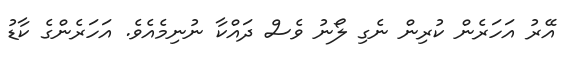
އޭރު އަހަރެން ކުރިން ނެގި ލޯނު ވެސް ދައްކާ ނުނިމެއެވެ. އަހަރެންގެ ކާޑު